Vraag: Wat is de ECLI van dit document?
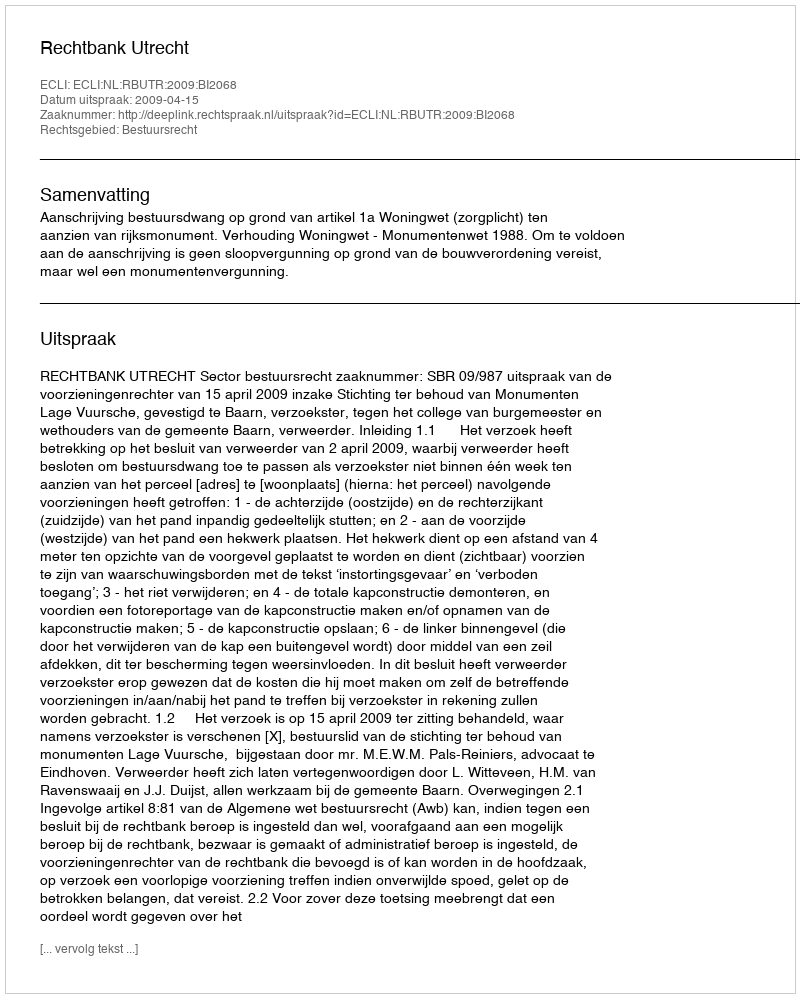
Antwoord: ECLI:NL:RBUTR:2009:BI2068